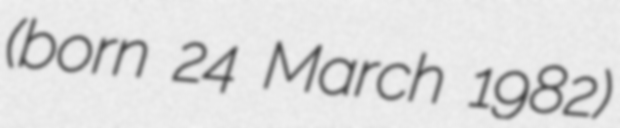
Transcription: (born 24 March 1982)